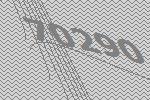
70290